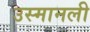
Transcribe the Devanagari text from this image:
उस्मानली